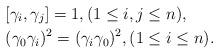
LaTeX: \begin{align*}&[\gamma_i,\gamma_j]=1, (1\leq i,j\leq n),\\&(\gamma_0\gamma_i)^2=(\gamma_i\gamma_0)^2, (1\leq i\leq n).\end{align*}